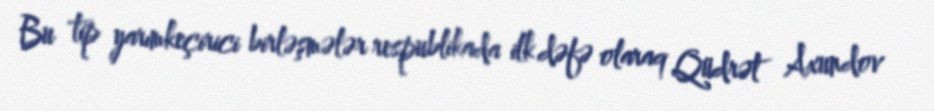
Bu tip yarımkeçirici birləşmələr respublikada ilk dəfə olaraq Qüdrət Axundov